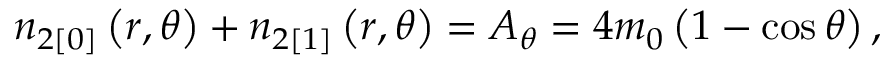
n _ { 2 [ 0 ] } \left( r , \theta \right) + n _ { 2 [ 1 ] } \left( r , \theta \right) = A _ { \theta } = 4 m _ { 0 } \left( 1 - \cos \theta \right) ,